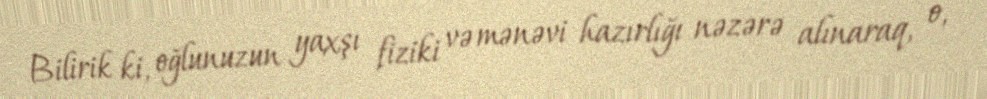
Bilirik ki, oğlunuzun yaxşı fiziki və mənəvi hazırlığı nəzərə alınaraq, o,